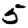
Digit: 5